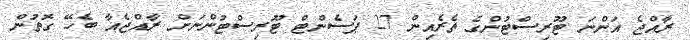
ރާއްޖެ އަންނަ ޓޫރިސްޓުންގެ ތެރެއިން 27 ޕަސެންޓް ޓޫރިސްޓުންނަށް ރާއްޖެއާ ބެހޭ ގޮތުން